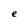
Character: e